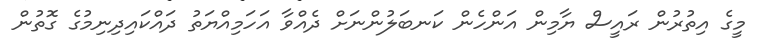
މީގެ އިތުރުން ރައީސް ޔާމިން އަންހެން ކަނބަލުންނަށް ދެއްވާ އަހަމިއްޔަތު ދައްކައިދިނިމުގެ ގޮތުން